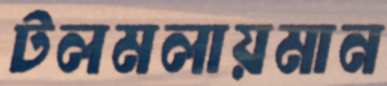
টলমলায়মান